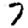
Digit: 7